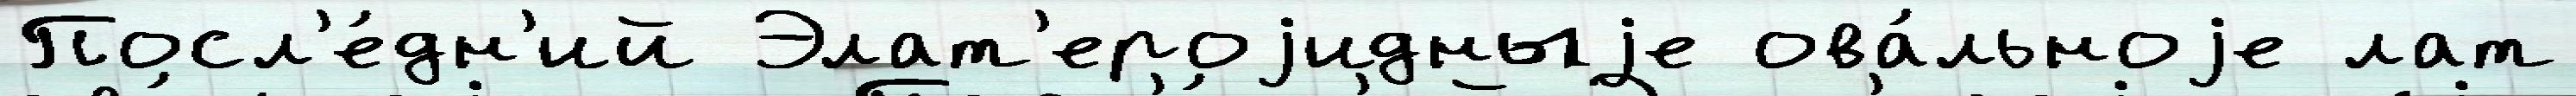
Посл'е́дн'ий Элат'ероjидныjе ова́льноjе лат